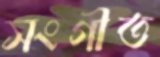
সংগীত